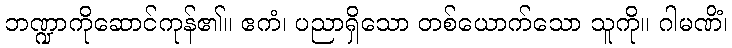
ဘဏ္ဍာကိုဆောင်ကုန်၏။ ဧကံ၊ ပညာရှိသော တစ်ယောက်သော သူကို။ ဂါမဏိံ၊